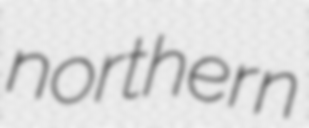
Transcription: northern